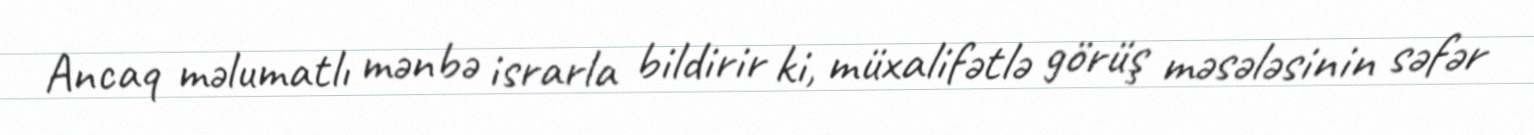
Ancaq məlumatlı mənbə israrla bildirir ki, müxalifətlə görüş məsələsinin səfər